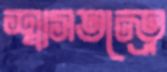
শ্বাসতন্ত্রে